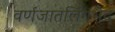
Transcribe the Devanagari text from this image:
वर्णजातलिंगभेद